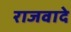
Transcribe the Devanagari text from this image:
राजवादे